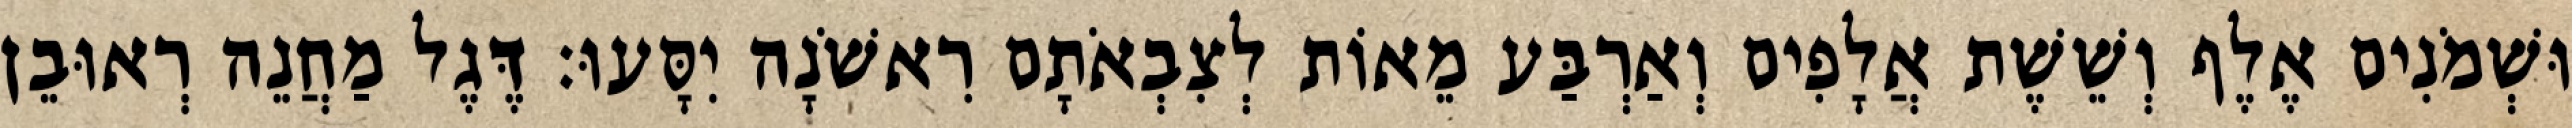
וּשְׁמֹנִים אֶלֶף וְשֵׁשֶׁת אֲלָפִים וְאַרְבַּע מֵאוֹת לְצִבְאֹתָם רִאשֹׁנָה יִסָּעוּ׃ דֶּגֶל מַחֲנֵה רְאוּבֵן